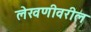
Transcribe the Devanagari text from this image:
लेखणीवरील